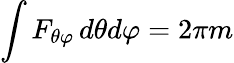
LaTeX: \int F_{\theta\varphi}\, d\theta d\varphi=2\pi m